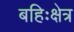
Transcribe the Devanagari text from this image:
बहिःक्षेत्र